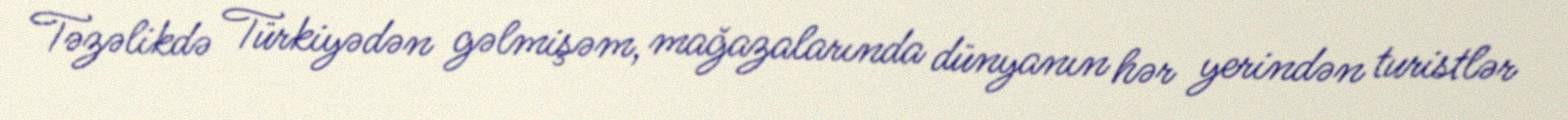
Təzəlikdə Türkiyədən gəlmişəm, mağazalarında dünyanın hər yerindən turistlər